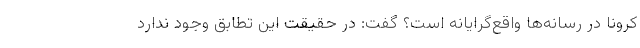
کرونا در رسانه‌ها واقع‌گرایانه است؟ گفت: در حقیقت این تطابق وجود ندارد